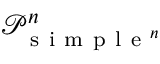
\mathcal P _ { \mathrm { ~ s ~ i ~ m ~ p ~ l ~ e ~ } ^ { n } } ^ { n }